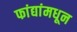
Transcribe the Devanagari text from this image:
फांद्यांमधून